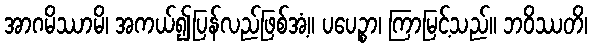
အာဂမိဿာမိ၊ အကယ်၍ပြန်လည်ဖြစ်အံ့။ ပပေဉ္စာ၊ ကြာမြင့်သည်။ ဘဝိဿတိ၊